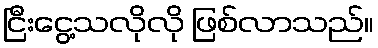
ငြီးငွေ့သလိုလို ဖြစ်လာသည်။